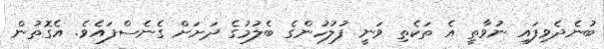
ބުނެދެވިފައި ނުވާތީ އެ ތަކެތި ވަނީ ފުލުހުންގެ ބެލުމުގެ ދަށަށް ގެނެސްފައެވެ. އެގޮތުން